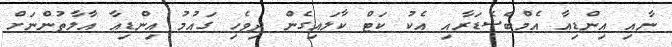
ނާއި އިންޑިއާ އެމްބެސެޑަރާއި އެކު ކަޓް ކާލައިގެން ދިވެހި ގައުމު އިންޑިއާ އާލާތުންނަށް